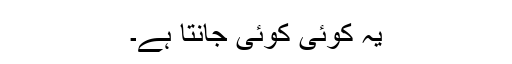
یہ کوئی کوئی جانتا ہے۔